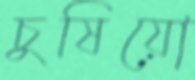
চুষিয়ো